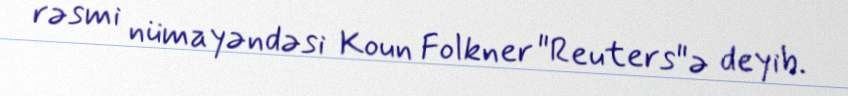
rəsmi nümayəndəsi Koun Folkner "Reuters"ə deyib.